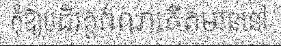
កុំឱ្យបដិវត្តព៌ណកើតមាននៅ